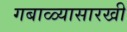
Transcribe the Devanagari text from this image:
गबाळ्यासारखी